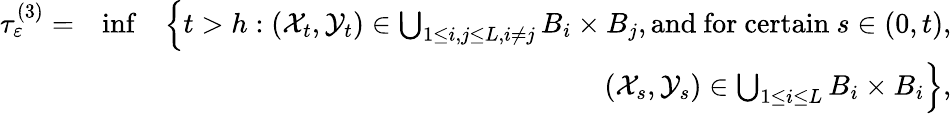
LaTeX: \begin{array}{rlr}{\tau_{\varepsilon}^{(3)}=}&{\operatorname*{inf}}&{\Big\{ t>h:({\mathcal X}_{t},{\mathcal Y}_{t})\in\bigcup_{\substack{1\le i,j\le L,i\neq j}}B_{i}\times B_{j},\mathrm{and~for~certain}\ s\in(0,t),}\\ &{}&{({\mathcal X}_{s},{\mathcal Y}_{s})\in\bigcup_{1\le i\le L}B_{i}\times B_{i}\Big\} ,}\end{array}